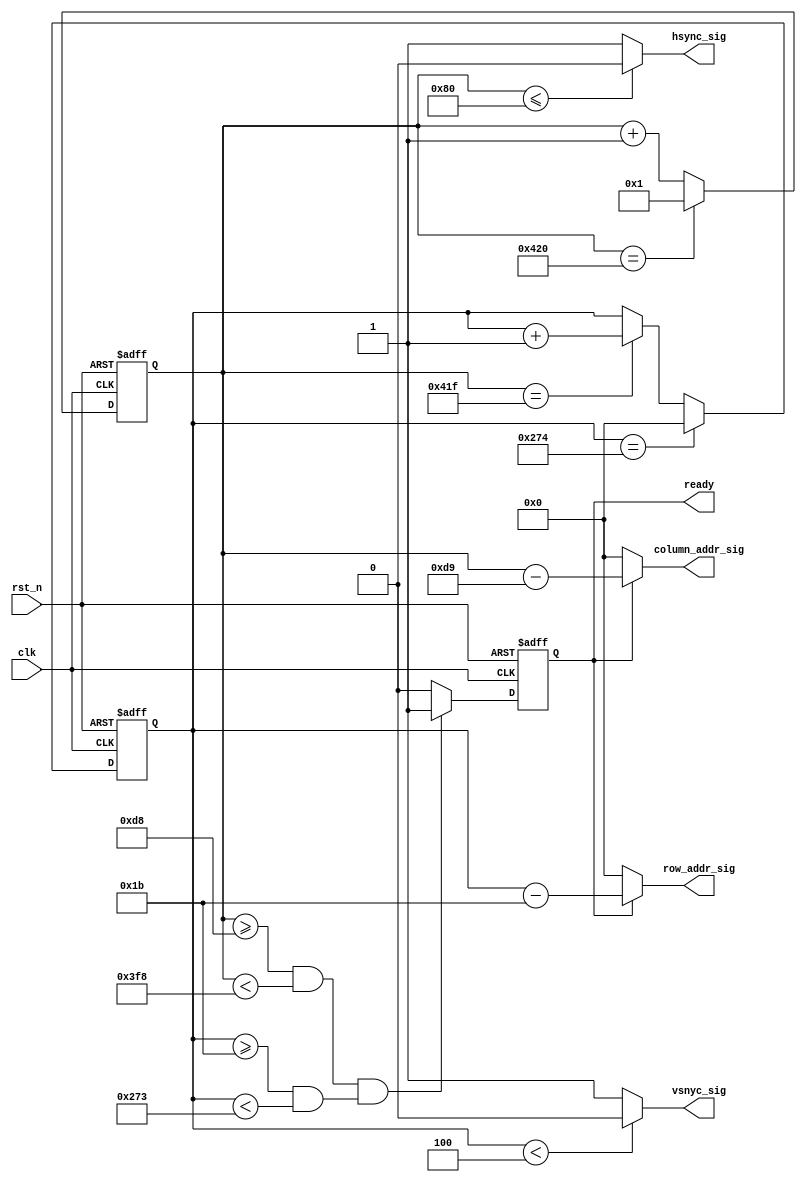

//800X600@60Hz
//VGA CLK 40MHz

/*

HSYNC  128      88       800     40      (1056)
       3.2us    2.2us    20us    1us     26.4us

VSYNC  4        23       600     1       (628)
       105.6us  607.2us  15840us 26.4us  16579.2us
*/


//before,vsyncready
//hsync"":hsync,hsync,
//count_h11056,count_h=1056count_h=0,hsync01056
//

module vga_sync_middle
(
    clk,
    rst_n,
    hsync_sig,
    vsnyc_sig,
    ready,
    column_addr_sig,
    row_addr_sig
);

    input clk;
    input rst_n;
    
    output vsnyc_sig;
    output hsync_sig;
    output ready;
    output [10:0] column_addr_sig;
    output [10:0] row_addr_sig;
    
    /***********************/
    
    reg [10:0] count_h;
    
    always @(posedge clk or negedge rst_n)
    begin
        if(~rst_n)
            count_h <= 11'd0;
        else if(count_h == 11'd1056)
            // count_h <= 11'd1;
            //<1>
            count_h <= 11'd1; //clk,count_h=1;1--hsync
        else
            count_h <= count_h + 1'b1;
    end
    
    
    reg [10:0] count_v;
    
    always @(posedge clk or negedge rst_n)
    begin
        if(~rst_n)
            count_v <= 11'd0;
        else if(count_v == 11'd628)
            count_v <= 11'd0; //count_v=628count_v=0,,count_v0
        // else if(count_h == 11'd1056)
        //<2>
        else if(count_h == 11'd1055) //count_h=11'd1056count_v--vsync
            count_v <= count_v + 1'b1;
        else
            count_v <= count_v;
    end
    
    //
    reg isReady;
    
    always @(posedge clk or negedge rst_n)
    begin
        if(~rst_n)
            isReady <= 1'b0;
        // else if((count_h > 11'd216 && count_h < 11'd1017) && (count_v > 11'd27 && count_v < 11'd627))
        //<4>
        else if((count_h >= 11'd216 && count_h < 11'd1016) && (count_v >= 11'd27 && count_v < 11'd627)) //count_vcount_h,,x,y
            isReady <= 1'b1;
        else
            isReady <= 1'b0;
    end
    
    //
    assign hsync_sig = (count_h <= 11'd128) ? 1'b0 : 1'b1;
    
    // assign vsnyc_sig = (count_v <= 11'd4) ? 1'b0 : 1'b1;
    //<3>
    assign vsnyc_sig = (count_v < 11'd4) ? 1'b0 : 1'b1;
    
    assign ready = isReady;
    
    //,ready,column_addr_sig0~799
    assign column_addr_sig = isReady ? count_h - 11'd217 : 11'd0; //()count from 0~799
    
    //,ready,row_addr_sig11'd2047~598,
    // assign row_addr_sig = isReady ? count_v - 11'd28 : 11'd0; //()count from 0~599
    //<5>
    assign row_addr_sig = isReady ? count_v - 11'd27 : 11'd0; //()count from 0~599
    
    
    
endmodule